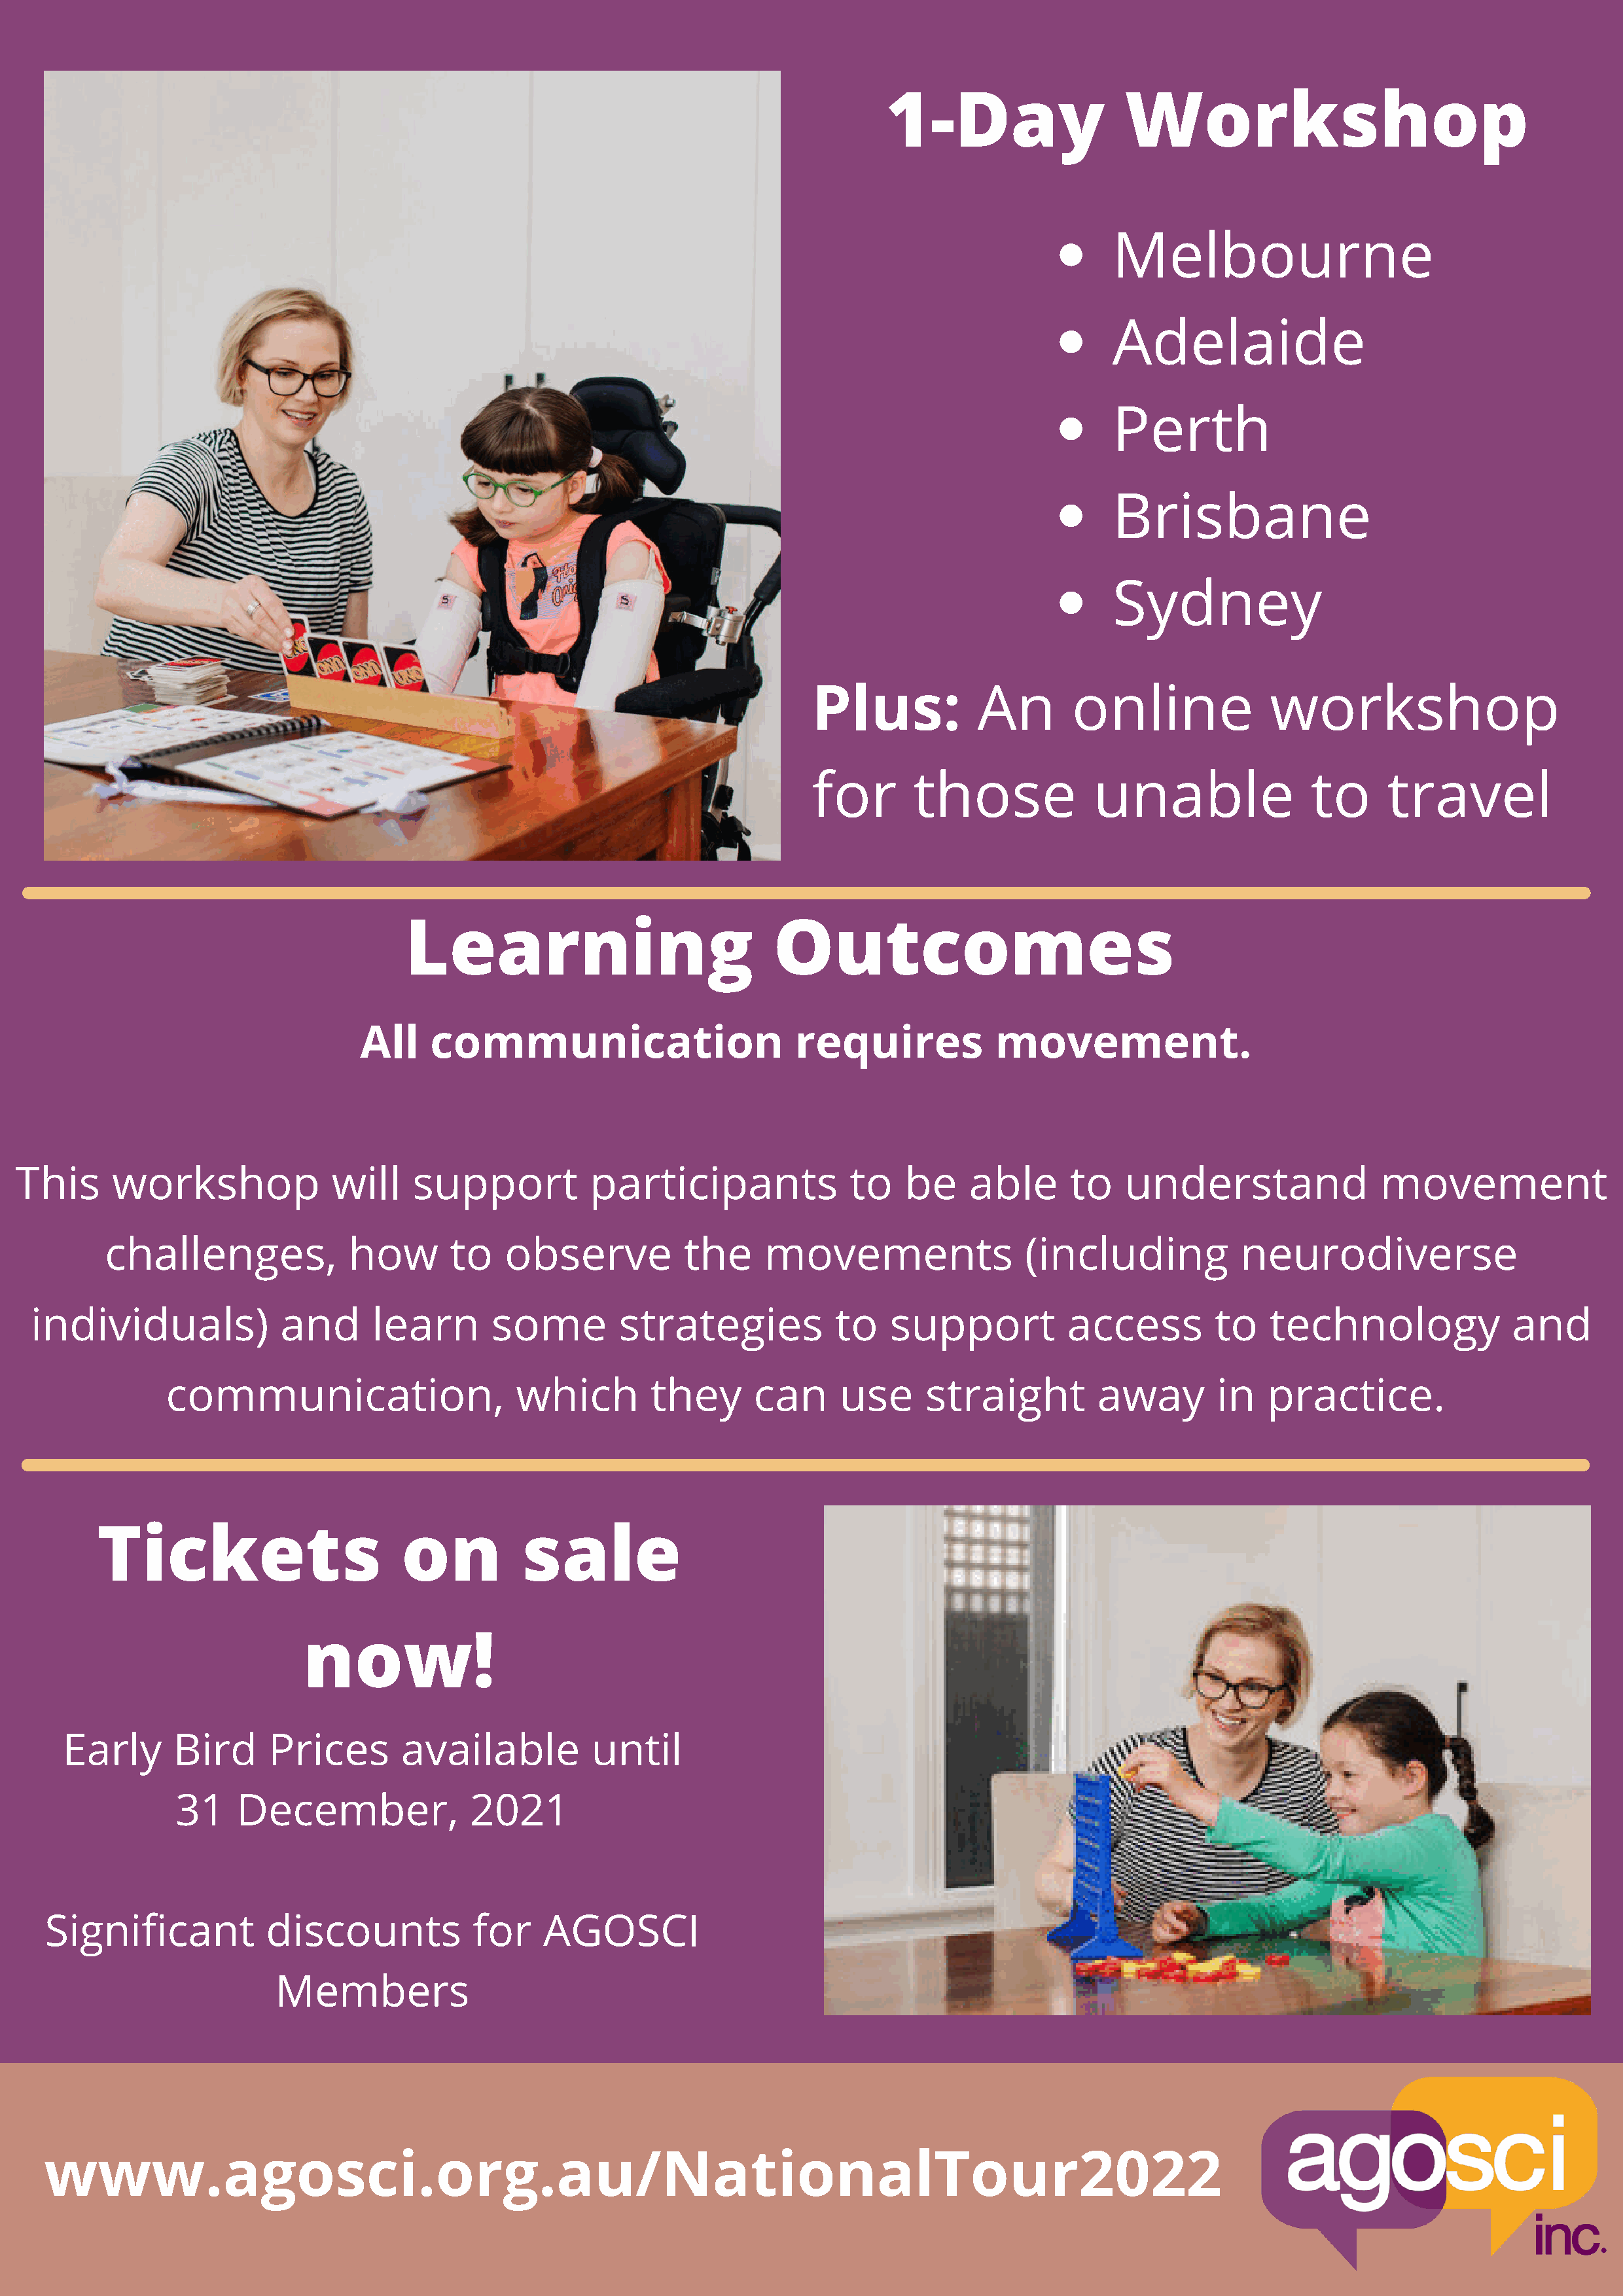
1-Day                   Workshop
 Melbourne
 Adelaide
 Perth
 Brisbane
 Sydney
 Plus:            An       online              workshop
 for       those              unable                to     travel
 Learning                             Outcomes
 All     communication                       requires             movement.
 This     workshop               will    support           participants              to    be    able      to    understand                movement
 challenges,             how        to   observe           the     movements                  (including            neurodiverse
 individuals)             and       learn       some         strategies            to   support           access         to    technology              and
 communication,                     which         they      can      use      straight         away        in   practice.
 Tickets                        on          sale
 now!
 Early       Bird     Prices        available          until
 31    December,               2021
 Significant           discounts            for    AGOSCI
 Members
 www.agosci.org.au/NationalTour2022